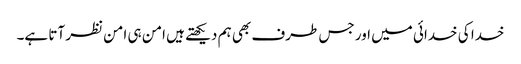
خدا کی خدائی میں اور جس طرف بھی ہم دیکھتے ہیں امن ہی امن نظر آتا ہے۔